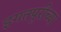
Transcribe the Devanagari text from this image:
इगतपूरीच्या